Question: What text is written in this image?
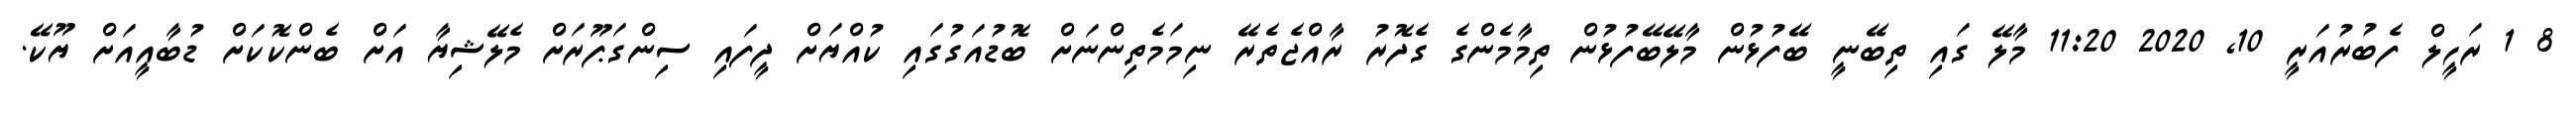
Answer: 8 1 ރަހީލް ފެބުރުއަރީ 10, 2020 11:20 މާލޭ ގައި ތިބޭނީ ބޭފުޅުން މާލޭބޭފުޅުން ތިމާމެންގެ ގެދޮރު ރާއްޖެތެރޭ ނިމަމެތިންނަށް ބޮޑުއަގުގައި ކުއްޔަށް ދީފައި ސިންގަޕޫރަށް މެލޭޝިޔާ އަށް ބެންކޮކަށް ޑުބާއީއަށް ޔޫކޭ.